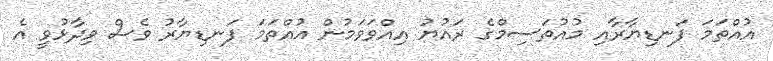
އުއްތަމަ ފަނޑިޔާރާއި މުއުތަސިމްގެ ރައުޔު އިއްވަވަމުން އުއްތަމަ ފަނޑިޔާރު ވެސް ވިދާޅުވީ އެ